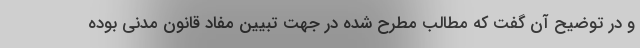
و در توضیح آن گفت که مطالب مطرح شده در جهت تبیین مفاد قانون مدنی بوده